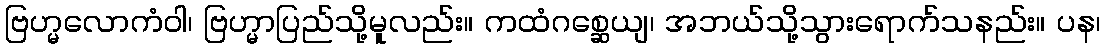
ဗြဟ္မလောကံဝါ၊ ဗြဟ္မာပြည်သို့မူလည်း။ ကထံဂစ္ဆေယျ၊ အဘယ်သို့သွားရောက်သနည်း။ ပန၊